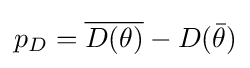
p_{D}={\overline {D(\theta )}}-D({\bar {\theta }})